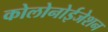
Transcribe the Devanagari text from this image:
कोलोनोईजेशन